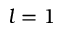
l = 1